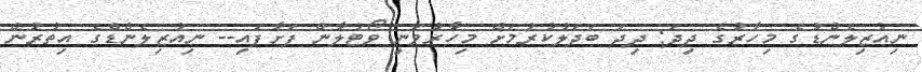
ނިއުޒިލެންޑުގެ މިހާރުގެ ދިދަ: ދިދަ ބަދަލުކުރުމަށް މިހާރުވަނީ ވޯޓުލާން ފަށާފައި-- ނިއުޒިލެންޑްގެ އިތުރުން